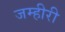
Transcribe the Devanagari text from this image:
जम्हीरी